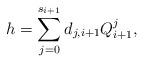
LaTeX: \begin{align*}h=\sum\limits_{j=0}^{s_{i+1}}d_{j,i+1}Q_{i+1}^j,\end{align*}